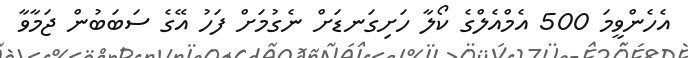
އެހެންވީމަ 500 އެމްއެލްގެ ކޯލާ ހަށިގަނޑަށް ނެގުމަށް ފަހު އޭގެ ސަބަބުން ޖަމާވާ